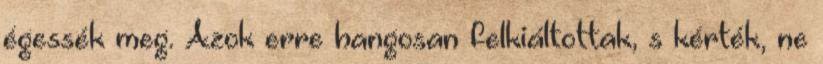
égessék meg. Azok erre hangosan felkiáltottak, s kérték, ne